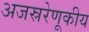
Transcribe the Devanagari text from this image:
अजस्ररेणूकीय